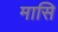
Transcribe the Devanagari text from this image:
मासि